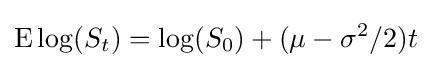
\operatorname {E} \log(S_{t})=\log(S_{0})+(\mu -\sigma ^{2}/2)t